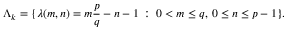
\Lambda _ { k } = \{ \lambda ( m , n ) = m \frac { p } { q } - n - 1 \, : \; 0 < m \leq q , \, 0 \leq n \leq p - 1 \} .